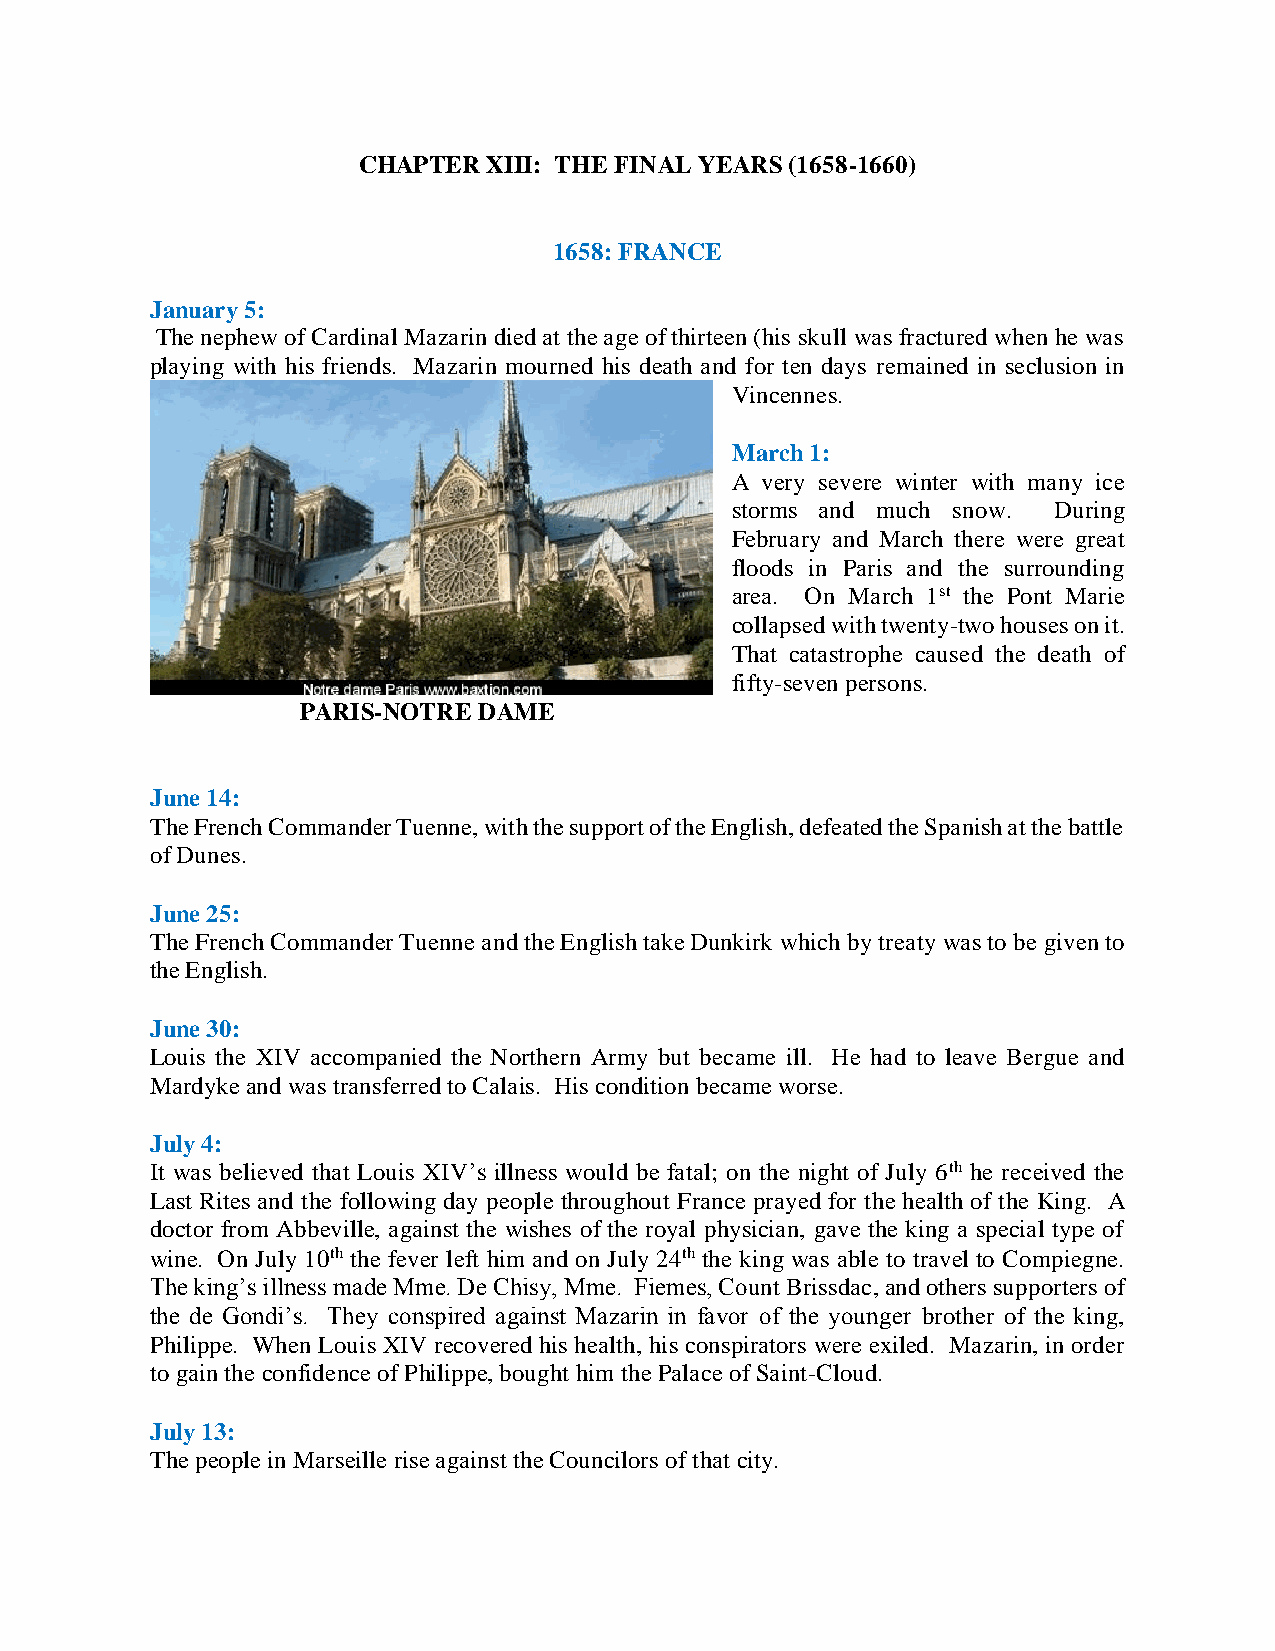
CHAPTER XIII: THE FINAL YEARS (1658-1660)
 1658: FRANCE
 January 5:
 The nephew of Cardinal Mazarin died at the age of thirteen (his skull was fractured when he was
 playing with his friends. Mazarin mourned his death and for ten days remained in seclusion in
 Vincennes.
 March 1:
 A very severe winter with many ice
 storms and much snow. During
 February and March there were great
 floods in Paris and the surrounding
 area. On March 1st the Pont Marie
 collapsed with twenty-two houses on it.
 That catastrophe caused the death of
 fifty-seven persons.
 PARIS-NOTRE DAME
 June 14:
 The French Commander Tuenne, with the support of the English, defeated the Spanish at the battle
 of Dunes.
 June 25:
 The French Commander Tuenne and the English take Dunkirk which by treaty was to be given to
 the English.
 June 30:
 Louis the XIV accompanied the Northern Army but became ill. He had to leave Bergue and
 Mardyke and was transferred to Calais. His condition became worse.
 July 4:
 It was believed that Louis XIV’s illness would be fatal; on the night of July 6th he received the
 Last Rites and the following day people throughout France prayed for the health of the King. A
 doctor from Abbeville, against the wishes of the royal physician, gave the king a special type of
 wine. On July 10th the fever left him and on July 24th the king was able to travel to Compiegne.
 The king’s illness made Mme. De Chisy, Mme. Fiemes, Count Brissdac, and others supporters of
 the de Gondi’s. They conspired against Mazarin in favor of the younger brother of the king,
 Philippe. When Louis XIV recovered his health, his conspirators were exiled. Mazarin, in order
 to gain the confidence of Philippe, bought him the Palace of Saint-Cloud.
 July 13:
 The people in Marseille rise against the Councilors of that city.